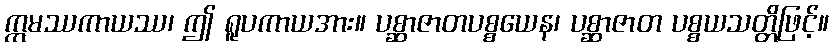
ဣမဿကာယဿ၊ ဤ ရူပကာယအား။ ပစ္ဆာဇာတပစ္စယေန၊ ပစ္ဆာဇာတ ပစ္စယသတ္တိဖြင့်။